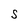
Character: S